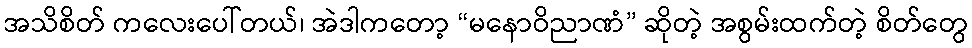
အသိစိတ် ကလေးပေါ်တယ်၊ အဲဒါကတော့ “မနောဝိညာဏံ” ဆိုတဲ့ အစွမ်းထက်တဲ့ စိတ်တွေ